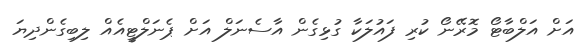
އަށް އަލްބާޓޯ މޮރޭނޯ ކުރި ފައުލަކާ ގުޅިގެން އާސެނަލް އަށް ޕެނަލްޓީއެއް ލިބިގެންދިޔަ